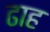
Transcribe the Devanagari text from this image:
ढाह